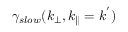
\gamma _ { s l o w } ( k _ { \perp } , k _ { \parallel } = k ^ { ' } )